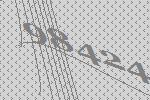
98424